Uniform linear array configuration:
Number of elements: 12
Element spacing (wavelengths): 0.75
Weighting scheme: exponential
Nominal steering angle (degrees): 30
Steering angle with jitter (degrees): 29.524
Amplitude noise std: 0.05
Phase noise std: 0.05

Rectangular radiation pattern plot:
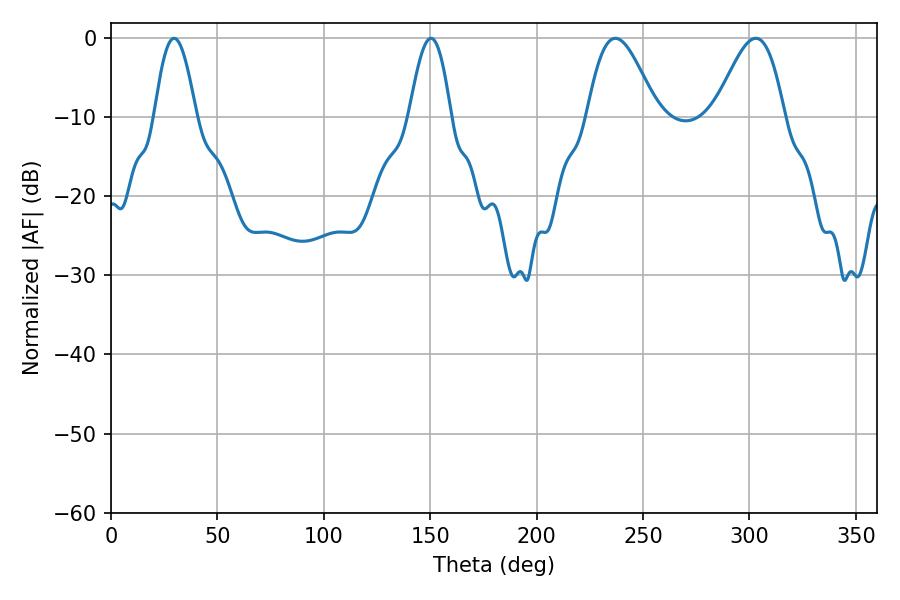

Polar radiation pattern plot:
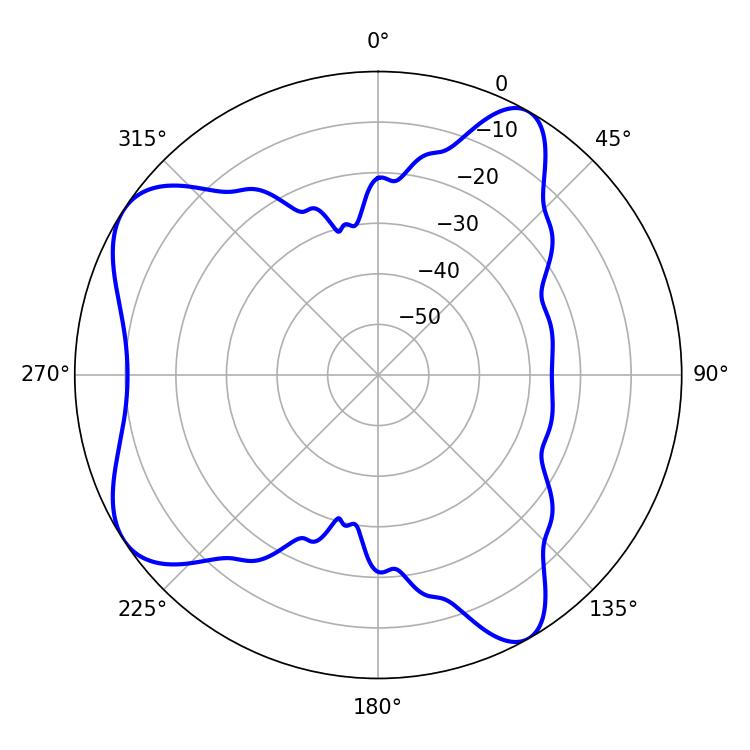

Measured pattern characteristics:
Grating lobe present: TRUE
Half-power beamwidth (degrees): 17.46
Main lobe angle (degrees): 237.06